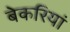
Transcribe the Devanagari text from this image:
बेकरियां